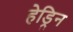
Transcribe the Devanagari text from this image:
हेड्रिन